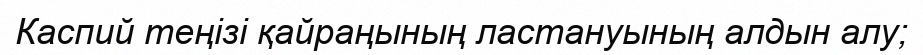
Каспий теңізі қайраңының ластануының алдын алу;